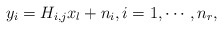
\begin{align*}y_i = H_{i,j}x_l + n_i, i=1,\cdots,n_r,\end{align*}